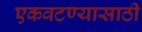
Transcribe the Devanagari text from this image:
एकवटण्यासाठी